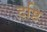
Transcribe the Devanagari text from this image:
द़ष्टि